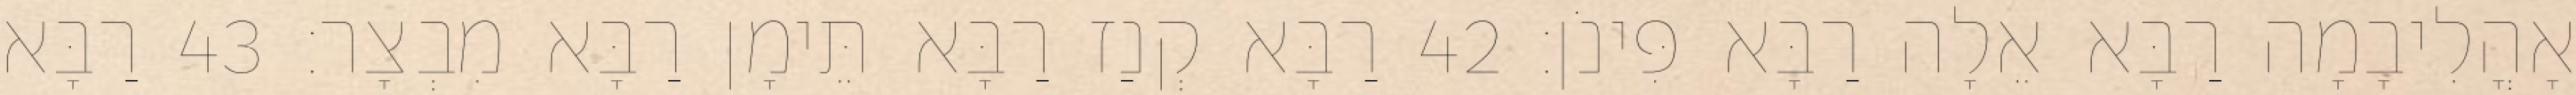
אָהֳלִיבָמָה רַבָּא אֵלָה רַבָּא פִּינֹן׃ 42 רַבָּא קְנַז רַבָּא תֵּימָן רַבָּא מִבְצָר׃ 43 רַבָּא